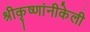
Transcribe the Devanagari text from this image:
श्रीकृष्णांनीकेली